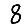
Digit: 8